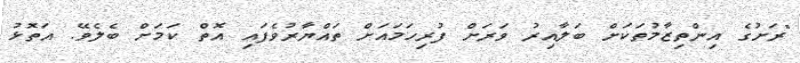
"ރަށުގެ އިންތިޒާމުތަކަށް ބަލާއިރު ވަރަށް ފުރިހަމައަށް ތައްޔާރުވެފައި އޮތް ކަމަށް ބެލެވޭ. އަތޮޅު